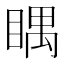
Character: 𥈬